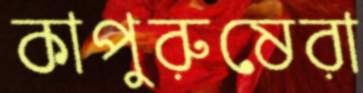
কাপুরুষেরা